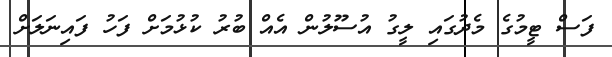
ފަސް ޓީމުގެ މެދުގައި ލީގު އުސޫލުން އެއް ބުރު ކުޅުމަށް ފަހު ފައިނަލަށް